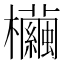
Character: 𣠷